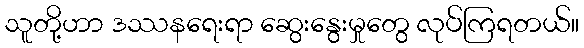
သူတို့ဟာ ဒဿနရေးရာ ဆွေးနွေးမှုတွေ လုပ်ကြရတယ်။